Leningradi_Edasi_toimetus, lk 73
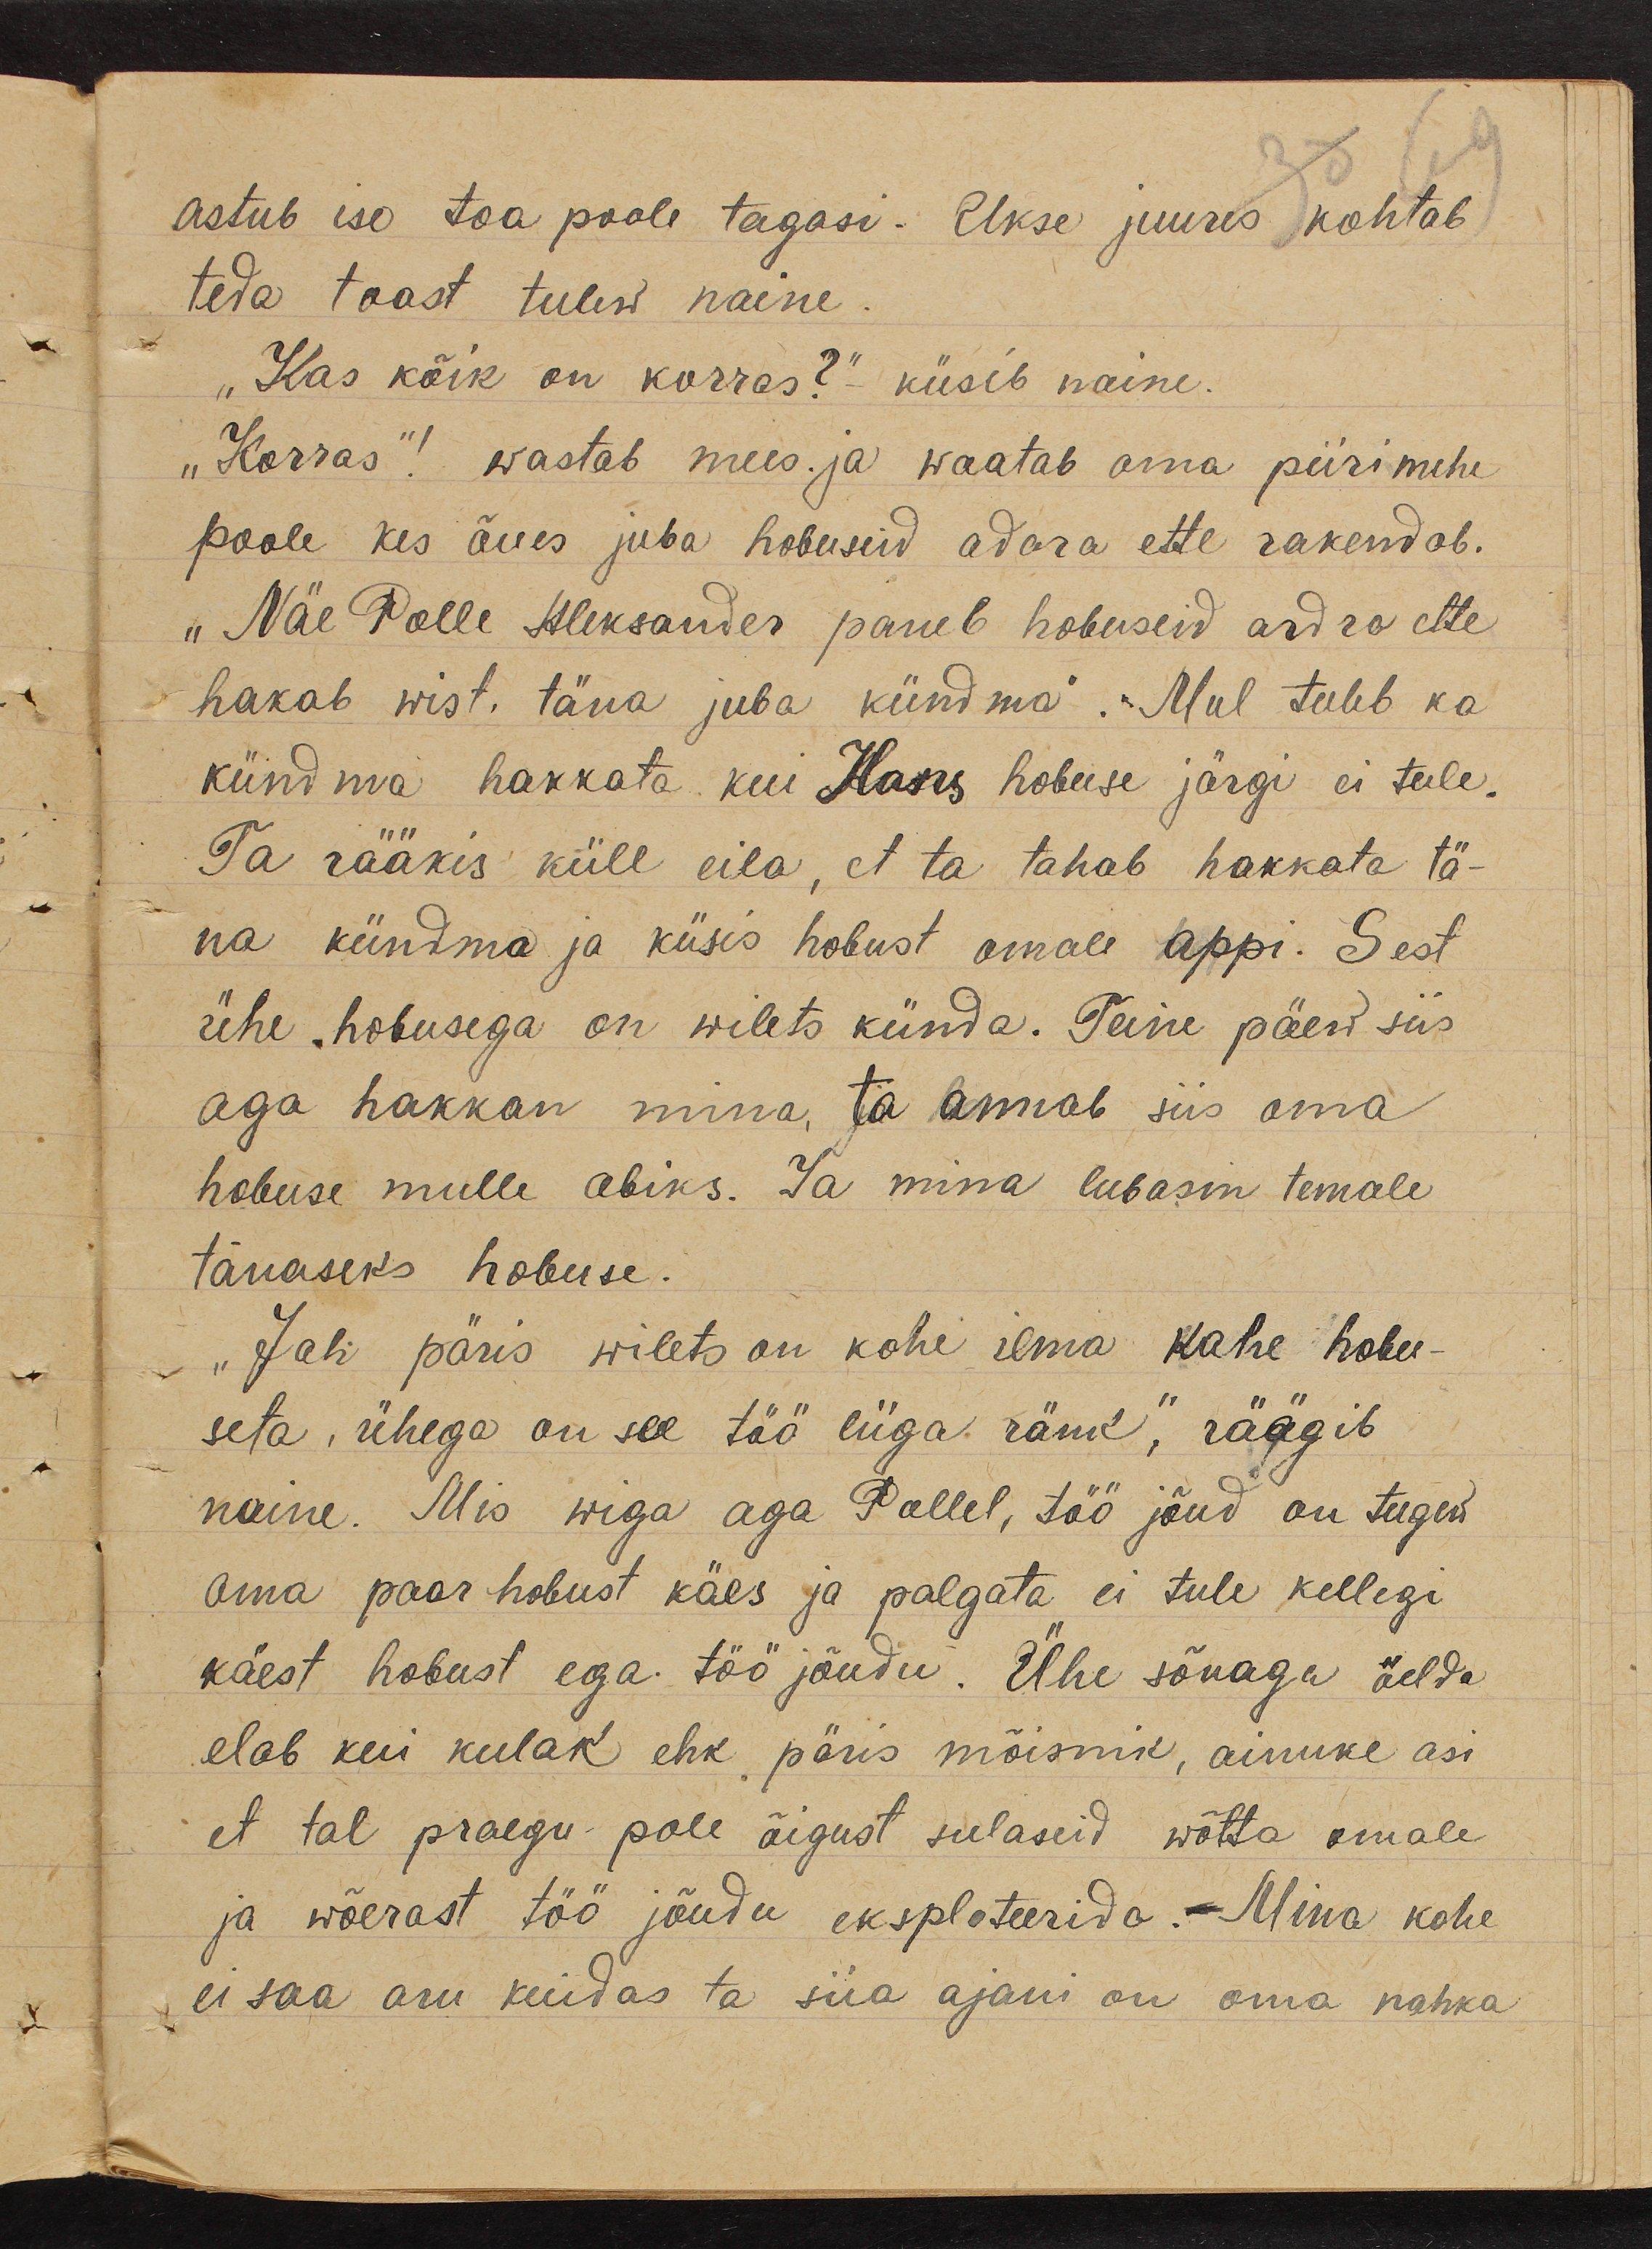
astub ise toa poole tagasi. Ukse juures kohtab
teda toast tulew naine.

„Kas kõik on korras?"- küsib naine.
"Korras"! wastab mees. ja waatab oma piirimehe
poole kes õues juba hobuseid adara ette rakendab.
„Näe Polle Aleksander paneb hobuseid adra ette
hakab wist, täna juba kündma". "Mul tuleb ka
kündma hakkata kui Hans hobuse järgi ei tule.
Ta rääkis küll eila, et ta tahab hakkata tä-
na kündma ja küsis hobust omale appi. Sest
ühe hobusega on wilets künda. Teine päew siis
aga hakkan mina, ta annab siis oma
hobuse mulle abiks. Ja mina lubasin temale
tänaseks hobuse.
"Jah päris wilets on kohe ilma kahe hobu-
seta, ühega on see töö liiga ränk," räägib
naine. Mis wiga aga Pollel, töö jõud on tugew
oma paar hobust käes ja palgata ei tule kellegi
käest hobust ega töö jõudu. Ühe sõnaga öelda
elab kui kulak ehk päris mõisnik, ainuke asi
et tal praegu pole õigust sulaseid wõtta omale
ja wõerast töö jõudu eksploteerida. - Mina kohe
ei saa aru kuidas ta siia ajani on oma nahka